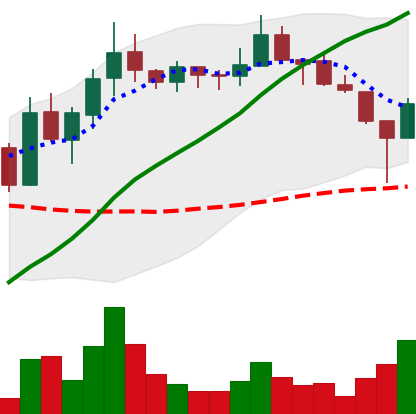
Ticker: LINK-USD
Chart end date: 2019-01-29
Forward return: -12.981%
Label: down_7plus